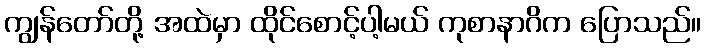
ကျွန်တော်တို့ အထဲမှာ ထိုင်စောင့်ပါ့မယ် ကုစာနာဂိက ပြောသည်။